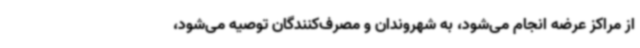
از مراکز عرضه انجام می‌شود، به شهروندان و مصرف‌کنندگان توصیه می‌شود،